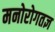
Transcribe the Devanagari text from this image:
मनोरोगतज्ञ